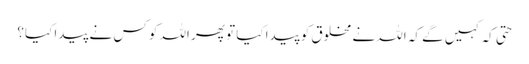
حتی کہ کہیں گے کہ اللہ نے مخلوق کو پیدا کیا تو پھر اللہ کو کس نے پیدا کیا؟